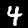
Digit: 4